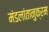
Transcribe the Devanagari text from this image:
मंडलांतानुक्रम